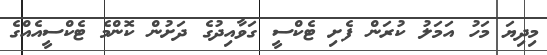
މިދިޔަ މަހު އަމަލު ކުރަން ފެށި ޓެކްސީ ގަވާއިދުގެ ދަށުން ކޮންމެ ޓެކްސީއެއްގެ